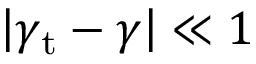
\left| \gamma _ { \mathrm { t } } - \gamma \right| \ll 1